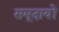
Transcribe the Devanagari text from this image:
समूदायों